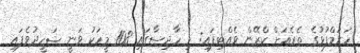
ހަރަމްފުޅުގެ ތެރެއަށް ކްރޭން ވެއްޓިފައި: މި ހާދިސާގައި 108 މީހަކު ވަނީ ޝަހީދުވެފައި